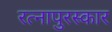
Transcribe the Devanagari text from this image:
रत्नापुरस्कार